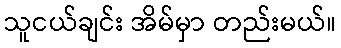
သူငယ်ချင်း အိမ်မှာ တည်းမယ်။